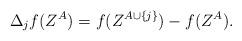
LaTeX: \begin{align*}\Delta_j f(Z^A) = f(Z^{A \cup \{j\}}) - f(Z^A).\end{align*}